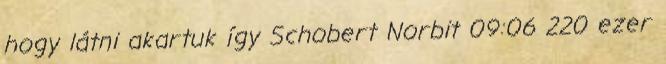
hogy látni akartuk így Schobert Norbit 09:06 220 ezer